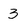
Character: 3